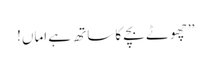
’’چھوٹے بچے کا ساتھ ہے اماں!